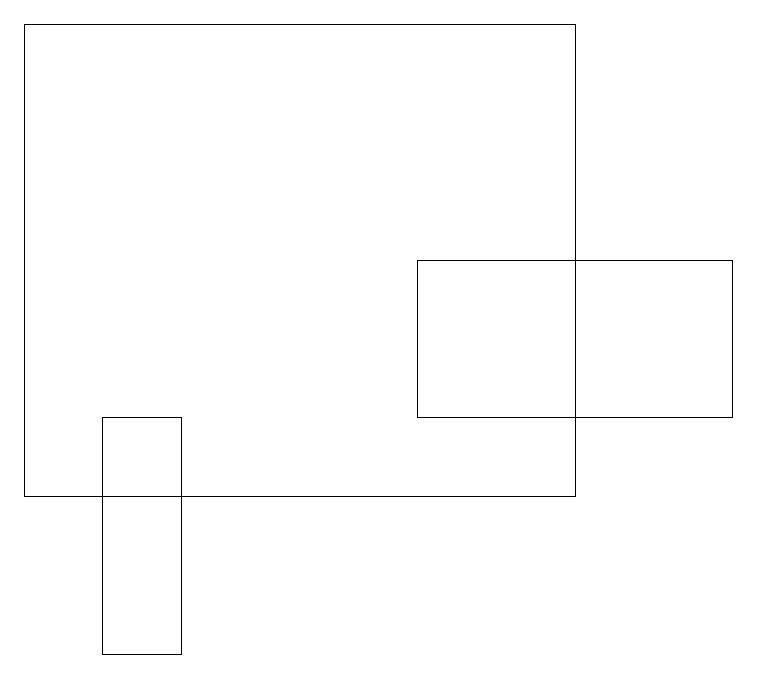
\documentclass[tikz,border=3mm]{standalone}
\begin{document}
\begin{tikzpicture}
\draw (2,11) rectangle (1,14);
\draw (5,14) rectangle (9,16);
\draw (0,13) rectangle (7,19);
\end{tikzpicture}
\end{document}